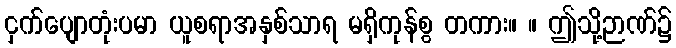
ငှက်ပျောတုံးပမာ ယူစရာအနှစ်သာရ မရှိကုန်စွ တကား။ ။ ဤသို့ဉာဏ်၌